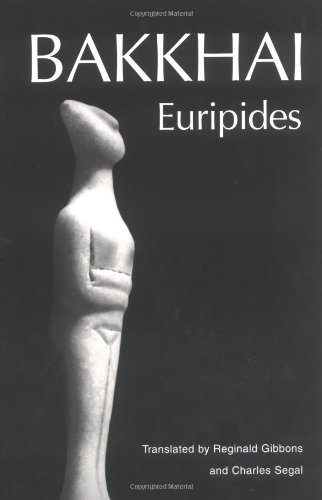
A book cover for Bakkhai (Greek Tragedy in New Translations); Euripides; Literature & Fiction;